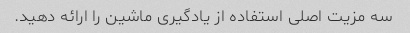
سه مزیت اصلی استفاده از یادگیری ماشین را ارائه دهید.